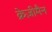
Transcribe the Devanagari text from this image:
क्रेज़ीमैन